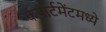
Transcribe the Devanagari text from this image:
कंपार्टमेंटमध्ये